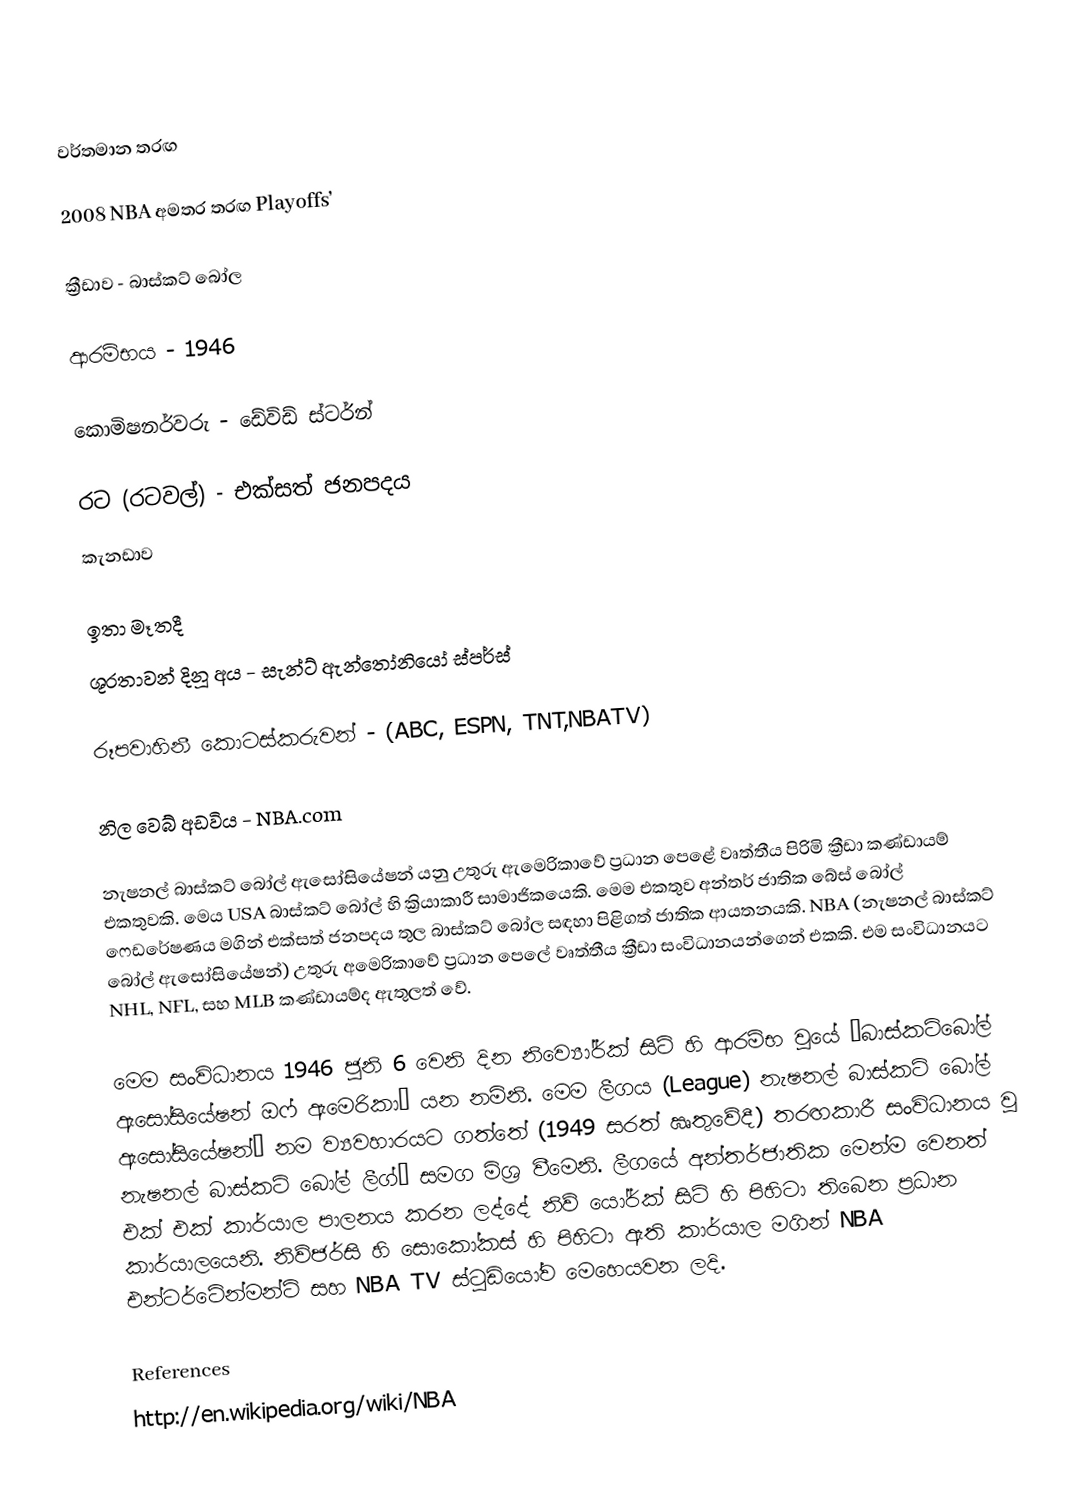

වර්තමාන තරඟ

2008 NBA අමතර තරඟ Playoffs’

ක්‍රීඩාව		-	බාස්කට් බෝල

ආරම්භය	        -	1946

කොමිෂනර්වරු	-	ඩේවිඩ් ස්ටර්න්

රට (රටවල්)  	-	  එක්සත් ජනපදය
			  කැනඩාව

ඉතා මෑතදී
ශූරතාවන් දිනූ අය 	-	සැන්ට් ඇන්තෝනියෝ ස්පර්ස්

රූපවාහිනී කොටස්කරුවන් - 	(ABC, ESPN, TNT,NBATV)

නිල වෙබ් අඩවිය	-	NBA.com

නැෂනල් බාස්කට් බෝල් ඇසෝසියේෂන් යනු උතුරු ඇමෙරිකාවේ ප්‍රධාන පෙළේ වෘත්තීය පිරිමි ක්‍රීඩා කණ්ඩායම් එකතුවකි. මෙය USA බාස්කට් බෝල් හි ක්‍රියාකාරී සාමාජිකයෙකි. මෙම එකතුව අන්තර් ජාතික බේස් බෝල් ෆෙඩරේෂණය මගින් එක්සත් ජනපදය තුල බාස්කට් බෝල සඳහා පිළිගත් ජාතික ආයතනයකි. NBA (නැෂනල් බාස්කට් බෝල් ඇසෝසියේෂන්) උතුරු අමෙරිකාවේ ප්‍රධාන පෙලේ වෘත්තීය ක්‍රීඩා සංවිධානයන්ගෙන් එකකි. එම සංවිධානයට NHL, NFL, සහ MLB කණ්ඩායම්ද ඇතුලත් වේ.

මෙම සංවිධානය 1946 ජූනි 6 වෙනි දින නිව්‍යෝර්ක් සිටි හි ආරම්භ වූයේ ‘බාස්කට්බෝල් ඇසෝසියේෂන් ඔෆ් ඇමෙරිකා’ යන නමිනි. මෙම ලීගය (League) නැෂනල් බාස්කට් බෝල් ඇසෝසියේෂන්” නම ව්‍යවහාරයට ගත්තේ (1949 සරත් ඍතුවේදී) තරඟකාරී සංවිධානය වූ නැෂනල් බාස්කට් බෝල් ලීග්’ සමග මිශ්‍ර වීමෙනි. ලීගයේ අන්තර්ජාතික මෙන්ම වෙනත් එක් එක් කාර්යාල පාලනය කරන ලද්දේ නිව් යෝර්ක් සිටි හි පිහිටා තිබෙන ප්‍රධාන කාර්යාලයෙනි. නිව්ජර්සි හි සොකෝකස් හි පිහිටා ඇති කාර්යාල මගින් NBA  එන්ටර්ටේන්මන්ට් සහ NBA TV ස්ටුඩියෝව මෙහෙයවන ලදි.

References
http://en.wikipedia.org/wiki/NBA